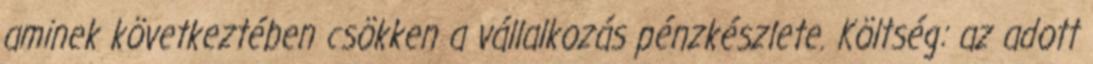
aminek következtében csökken a vállalkozás pénzkészlete. Költség: az adott